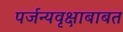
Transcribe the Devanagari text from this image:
पर्जन्यवृक्षाबाबत